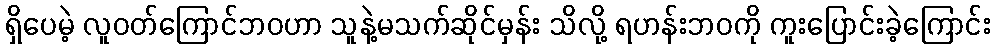
ရှိပေမဲ့ လူဝတ်ကြောင်ဘဝဟာ သူနဲ့မသက်ဆိုင်မှန်း သိလို့ ရဟန်းဘဝကို ကူးပြောင်းခဲ့ကြောင်း